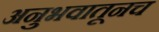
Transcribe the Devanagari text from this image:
अनुभवातूनच